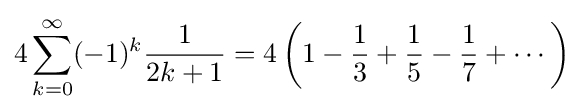
4\sum _{k=0}^{\infty }(-1)^{k}{\frac {1}{2k+1}}=4\left(1-{\frac {1}{3}}+{\frac {1}{5}}-{\frac {1}{7}}+\cdots \right)